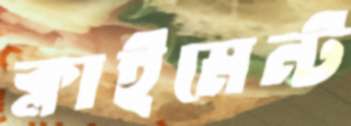
ক্লাইমেন্ট